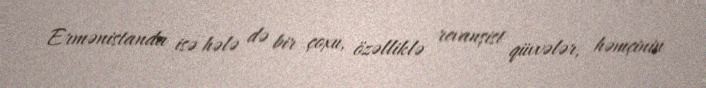
Ermənistanda isə hələ də bir çoxu, özəlliklə revanşist qüvvələr, həmçinin